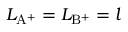
L _ { \mathrm { { A ^ { + } } } } = L _ { \mathrm { { B ^ { + } } } } = l